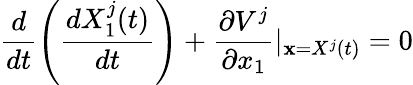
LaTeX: \frac{d}{dt}\left(\frac{dX_{1}^{j}(t)}{dt}\right)+\frac{\partial V^{j}}{\partial x_{1}}\vert_{\textbf{x}=X^{j}(t)}=0